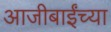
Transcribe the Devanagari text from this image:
आजीबाईंच्या